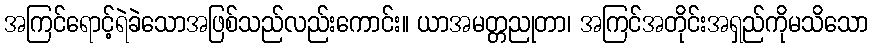
အကြင်ရောင့်ရဲခဲသောအဖြစ်သည်လည်းကောင်း။ ယာအမတ္တညုတာ၊ အကြင်အတိုင်းအရှည်ကိုမသိသော